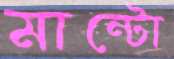
মান্টো